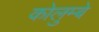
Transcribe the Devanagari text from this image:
कोलुम्बे